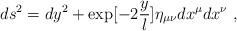
LaTeX: \begin{align*}ds^2 = dy^2 + \exp[-2{y\over l} ] \eta_{\mu\nu} dx^\mu dx^\nu \ , \end{align*}